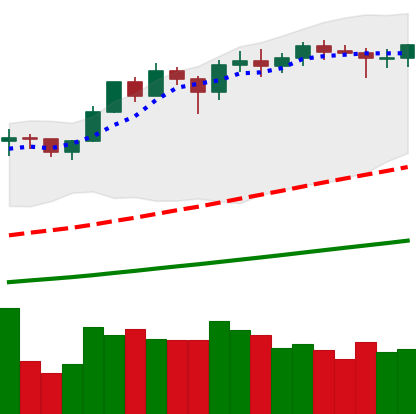
Ticker: ETH-USD
Chart end date: 2021-02-17
Forward return: -3.596%
Label: down_3_5